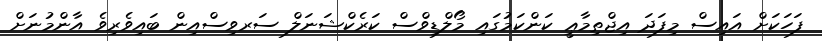
ފަހަކަށް އައިސް މިފަދަ އިޖްތިމާޢީ ކަންކަމުގައި މޯލްޑިވްސް ކަރެކްޝަނަލް ސަރވިސްއިން ބައިވެރިވެ އާންމުނަށް